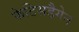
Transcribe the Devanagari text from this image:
फेटिसडैगेन